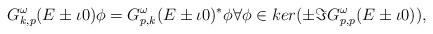
LaTeX: \begin{align*}G^\omega_{k,p}(E\pm\iota 0)\phi=G^\omega_{p,k}(E\pm\iota 0)^\ast\phi\forall \phi\in ker(\pm\Im G_{p,p}^\omega(E\pm\iota 0)),\end{align*}